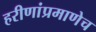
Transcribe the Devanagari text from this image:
हरीणांप्रमाणेच